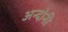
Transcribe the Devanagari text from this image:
अन्दोनी